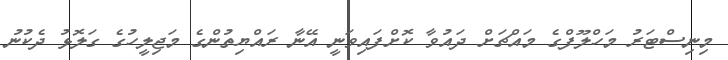
މިނިސްޓަރު މަހްލޫފްގެ މައްޗަށް ދައުވާ ކޮށްފައިވަނީ އޭނާ ރައްޔިތުންގެ މަޖިލީހުގެ ގަލޮޅު ދެކުނު